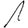
Digit: 1